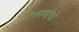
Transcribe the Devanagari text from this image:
गोलार्धाची